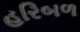
હરિબળ